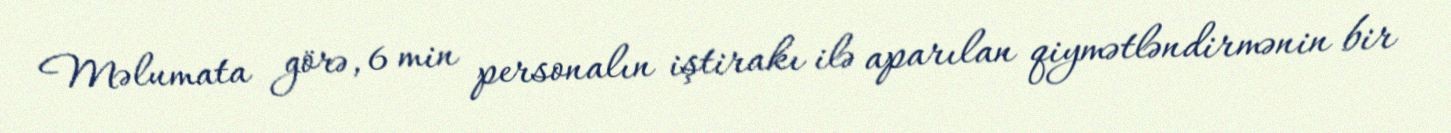
Məlumata görə, 6 min personalın iştirakı ilə aparılan qiymətləndirmənin bir